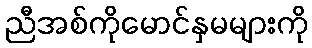
ညီအစ်ကိုမောင်နှမများကို